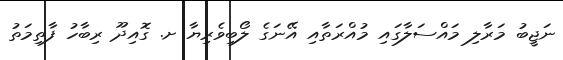
ނަޖީބު މަރާލި މައްސަލާގައި މުއްރަތާއި އޭނަގެ ލޯބިވެރިޔާ ށ. ގޮއިދޫ ރިބާހު ފާތިމަތު